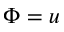
\Phi = u